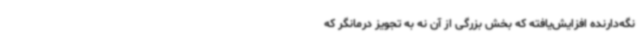
نگه‌دارنده افزایش‌یافته که بخش بزرگی از آن نه به تجویز درمانگر که